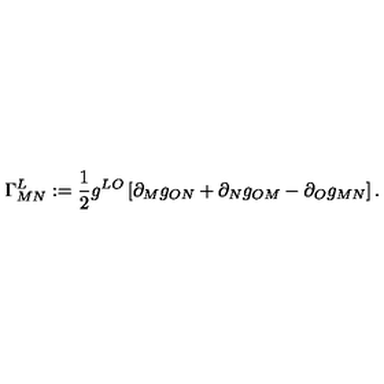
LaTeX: \Gamma _ { M N } ^ { L } : = \frac { 1 } { 2 } g ^ { L O } \left[ \partial _ { M } g _ { O N } + \partial _ { N } g _ { O M } - \partial _ { O } g _ { M N } \right] .